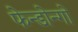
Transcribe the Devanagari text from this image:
फेन्डोन्गो